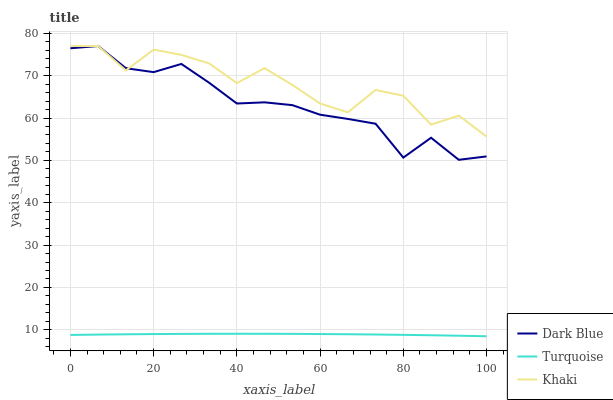
| xaxis_label | Dark Blue | Turquoise | Khaki |
 | --- | --- | --- | --- |
 | 0 | 76.5 | 8.79 | 77 |
 | 6.67 | 77 | 8.87 | 77 |
 | 13.3 | 71.8 | 8.94 | 71.2 |
 | 20 | 70.8 | 8.99 | 76.1 |
 | 26.7 | 72.8 | 9.03 | 74.9 |
 | 33.3 | 68.3 | 9.06 | 72.9 |
 | 40 | 63.4 | 9.06 | 68.2 |
 | 46.7 | 63.7 | 9.06 | 71.8 |
 | 53.3 | 63 | 9.04 | 67.8 |
 | 60 | 60.8 | 9 | 63.4 |
 | 66.7 | 59.8 | 8.95 | 61.3 |
 | 73.3 | 58.7 | 8.89 | 66.6 |
 | 80 | 50.7 | 8.81 | 65.3 |
 | 86.7 | 55.3 | 8.71 | 58.4 |
 | 93.3 | 50.1 | 8.6 | 60.6 |
 | 100 | 50.9 | 8.48 | 55.6 |